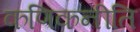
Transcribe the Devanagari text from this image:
कणिकनीति